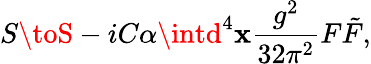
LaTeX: S\toS-iC\alpha\intd^{4}\mathbf{x}\frac{{g^{2}}}{{32\pi^{2}}}F\tilde{{F}},